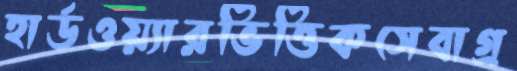
হার্ডওয়্যারভিত্তিকসেবাগ্র